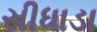
સીધાડા